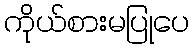
ကိုယ်စားမပြုပေ